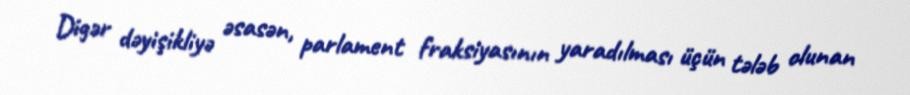
Digər dəyişikliyə əsasən, parlament fraksiyasının yaradılması üçün tələb olunan